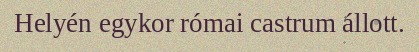
Helyén egykor római castrum állott.